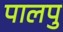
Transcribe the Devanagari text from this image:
पालपु